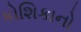
કોશિકાનો